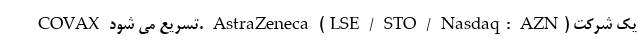
COVAX تسریع می شود. AstraZeneca (LSE / STO / Nasdaq: AZN) یک شرکت